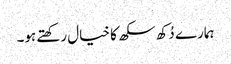
ہمارے دُکھ سکھ کا خیال رکھتے ہو۔